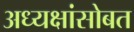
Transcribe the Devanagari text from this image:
अध्यक्षांसोबत